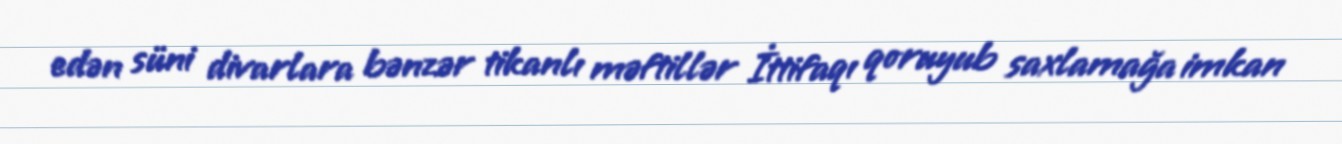
edən süni divarlara bənzər tikanlı məftillər İttifaqı qoruyub saxlamağa imkan